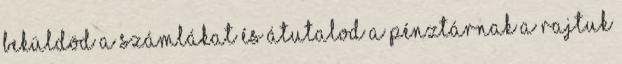
beküldöd a számlákat és átutalod a pénztárnak a rajtuk